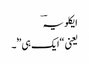
ایکلویہؔ
یعنی “ایک ہی”ٗ۔